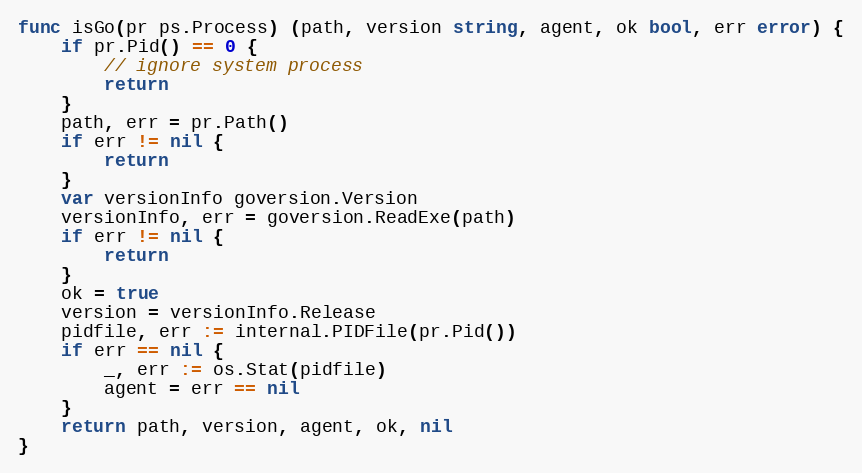
Language: Go
func isGo(pr ps.Process) (path, version string, agent, ok bool, err error) {
	if pr.Pid() == 0 {
		// ignore system process
		return
	}
	path, err = pr.Path()
	if err != nil {
		return
	}
	var versionInfo goversion.Version
	versionInfo, err = goversion.ReadExe(path)
	if err != nil {
		return
	}
	ok = true
	version = versionInfo.Release
	pidfile, err := internal.PIDFile(pr.Pid())
	if err == nil {
		_, err := os.Stat(pidfile)
		agent = err == nil
	}
	return path, version, agent, ok, nil
}